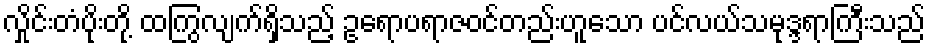
လှိုင်းတံပိုးတို့ ထကြွလျက်ရှိသည့် ဥရောပရာဇဝင်တည်းဟူသော ပင်လယ်သမုဒ္ဒရာကြီးသည်